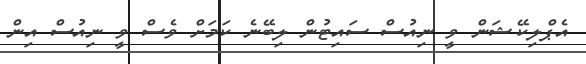
އެޕްލިކޭޝަން ވީ ނިއުސް ސައިޓުން ލިބޭނެ ކަމަށް ވެސް ވީ ނިއުސް އިން